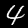
Digit: 4